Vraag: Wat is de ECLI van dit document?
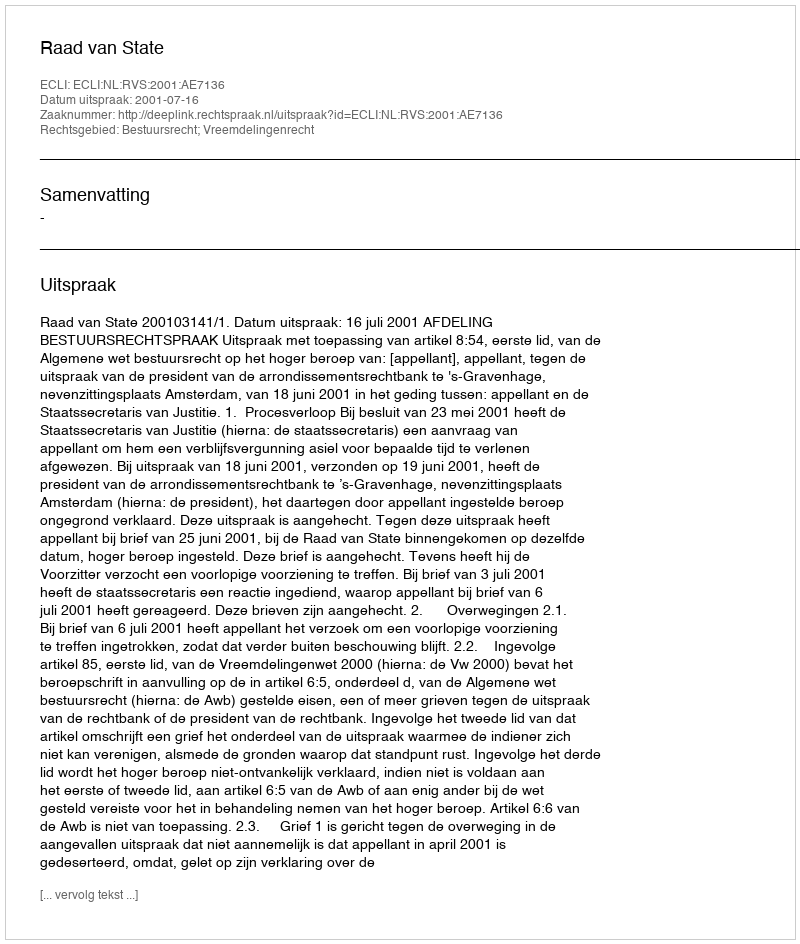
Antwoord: ECLI:NL:RVS:2001:AE7136